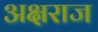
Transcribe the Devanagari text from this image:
अक्षराज